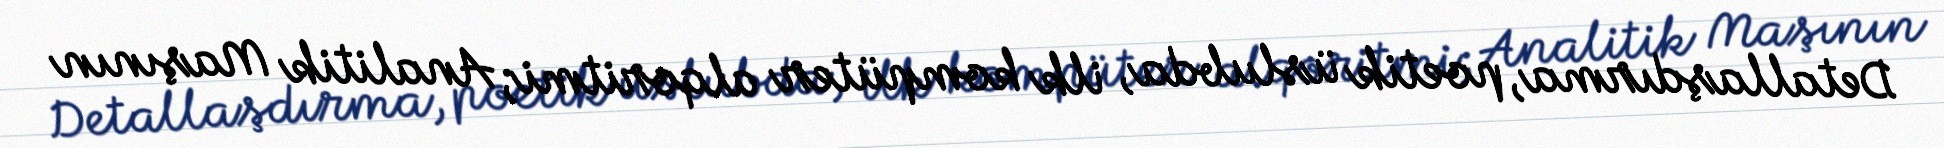
Detallaşdırma, poetik üslubda, ilk kompüter alqoritmi; Analitik Maşının